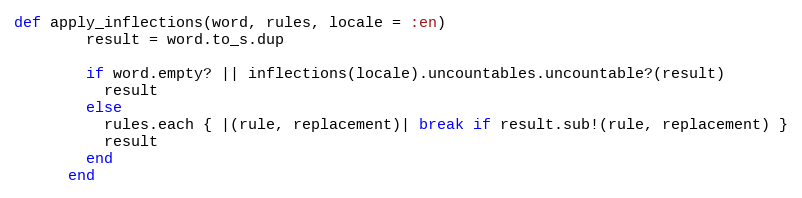
Language: Ruby
def apply_inflections(word, rules, locale = :en)
        result = word.to_s.dup

        if word.empty? || inflections(locale).uncountables.uncountable?(result)
          result
        else
          rules.each { |(rule, replacement)| break if result.sub!(rule, replacement) }
          result
        end
      end